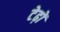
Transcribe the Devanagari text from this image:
टेढ़ों